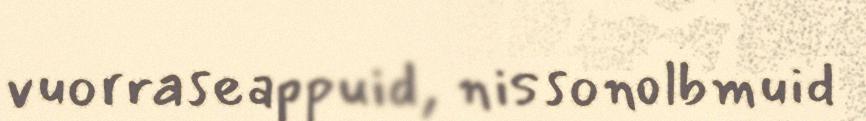
vuorraseappuid, nissonolbmuid